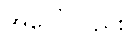
အပေါ်လည်း